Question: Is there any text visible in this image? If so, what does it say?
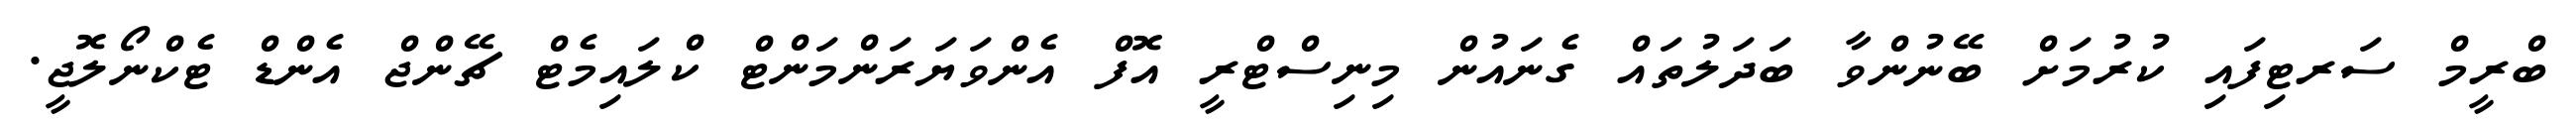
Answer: ބްރީމް ސަރޓިފައި ކުރުމަށް ބޭނުންވާ ބަދަލުތައް ގެނައުން މިނިސްޓްރީ އޮފް އެންވަޔަރަންމަންޓް ކްލައިމެޓް ޗޭންޖް އެންޑް ޓެކްނޯލޮޖީ.